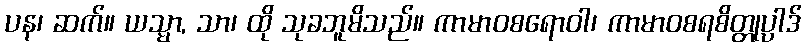
ပန၊ ဆက်။ ယသ္မာ, သာ၊ ထို သုခဘူမိသည်။ ကာမာဝစရောဝါ၊ ကာမာဝစရစိတ္တုပ္ပါဒ်